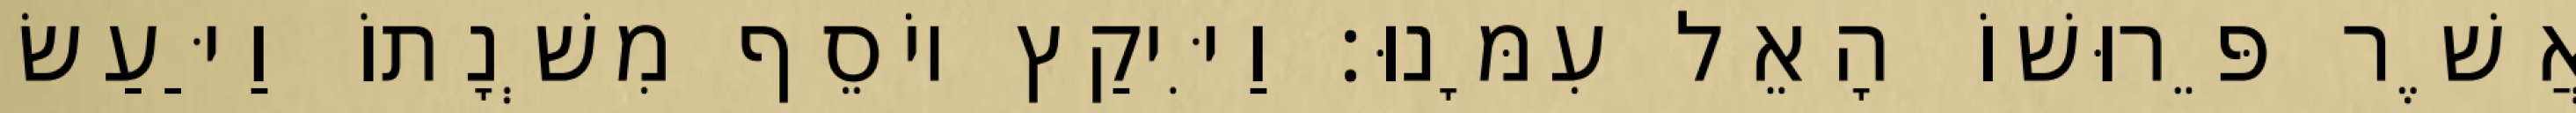
אֲשֶׁר פֵּרוּשׁוֹ הָאֵל עִמָּנוּ׃ וַיִּיקַץ יוֹסֵף מִשְׁנָתוֹ וַיַּעַשׂ